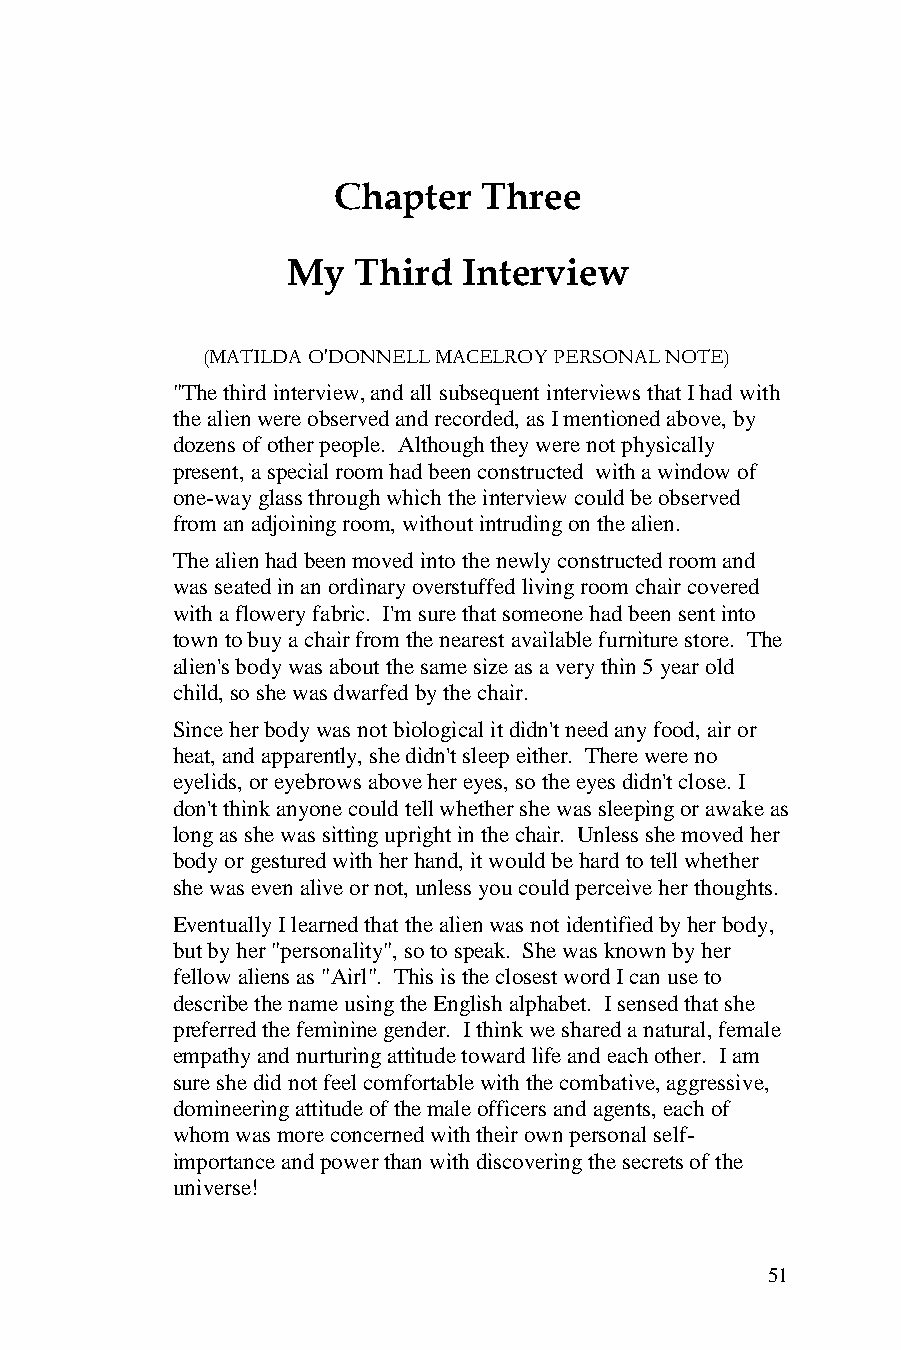
Chapter   Three
 My  Third   Interview
 (MATILDA O'DONNELL MACELROY PERSONAL NOTE)
 "The third interview, and all subsequent interviews that I had with
 the alien were observed and recorded, as I mentioned above, by
 dozens of other people. Although they were not physically
 present, a special room had been constructed with a window of
 one-way glass through which the interview could be observed
 from an adjoining room, without intruding on the alien.
 The alien had been moved into the newly constructed room and
 was seated in an ordinary overstuffed living room chair covered
 with a flowery fabric. I'm sure that someone had been sent into
 town to buy a chair from the nearest available furniture store. The
 alien's body was about the same size as a very thin 5 year old
 child, so she was dwarfed by the chair.
 Since her body was not biological it didn't need any food, air or
 heat, and apparently, she didn't sleep either. There were no
 eyelids, or eyebrows above her eyes, so the eyes didn't close. I
 don't think anyone could tell whether she was sleeping or awake as
 long as she was sitting upright in the chair. Unless she moved her
 body or gestured with her hand, it would be hard to tell whether
 she was even alive or not, unless you could perceive her thoughts.
 Eventually I learned that the alien was not identified by her body,
 but by her "personality", so to speak. She was known by her
 fellow aliens as "Airl". This is the closest word I can use to
 describe the name using the English alphabet. I sensed that she
 preferred the feminine gender. I think we shared a natural, female
 empathy and nurturing attitude toward life and each other. I am
 sure she did not feel comfortable with the combative, aggressive,
 domineering attitude of the male officers and agents, each of
 whom was more concerned with their own personal self-
 importance and power than with discovering the secrets of the
 universe!
 51